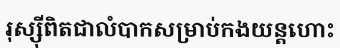
រុស្ស៊ីពិតជាលំបាកសម្រាប់កងយន្តហោះ